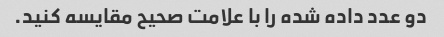
دو عدد داده شده را با علامت صحیح مقایسه کنید.